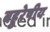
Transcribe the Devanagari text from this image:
बहुरेषीय